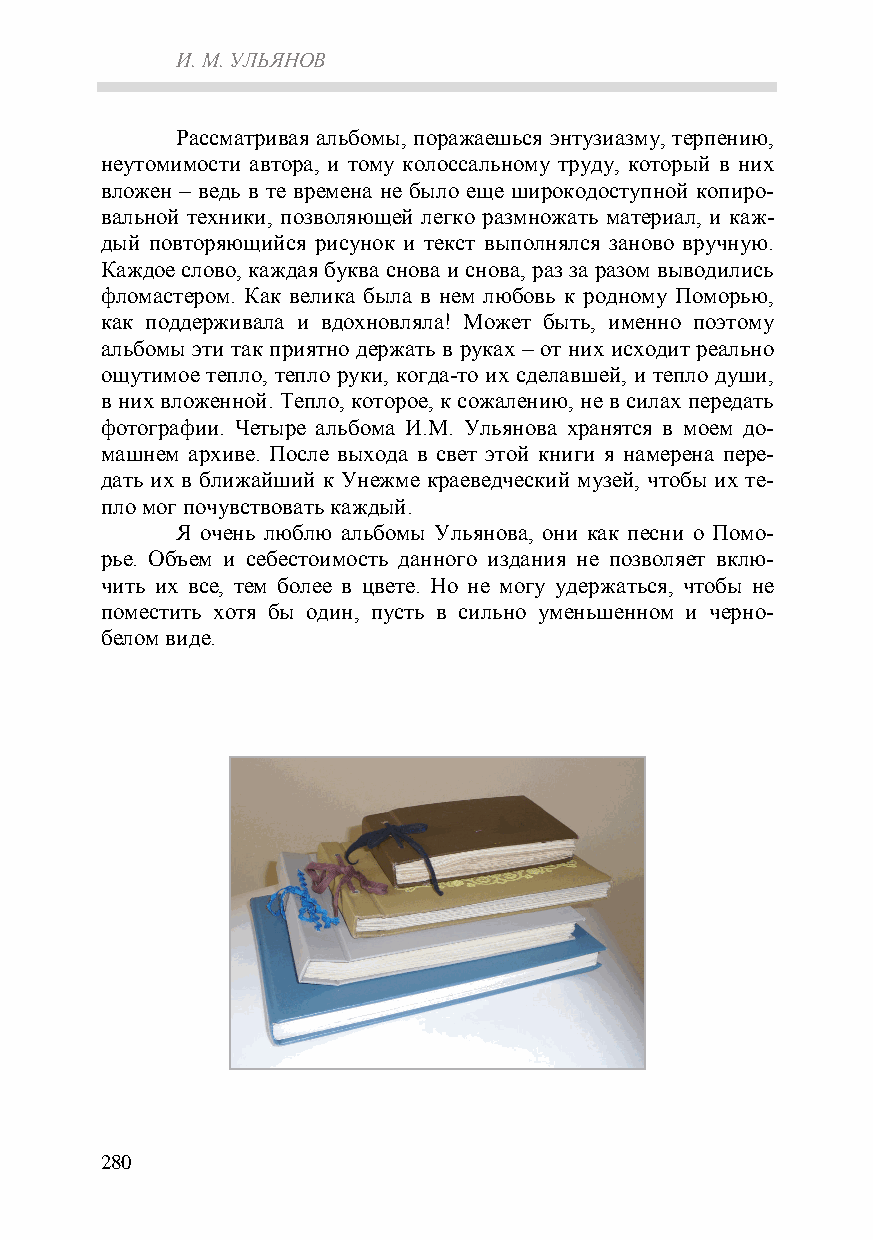
И. М. УЛЬЯНОВ
 Рассматривая альбомы, поражаешься энтузиазму, терпению,
 неутомимости автора, и тому колоссальному труду, который в них
 вложен – ведь в те времена не было еще широкодоступной копиро-
 вальной техники, позволяющей легко размножать материал, и каж-
 дый повторяющийся рисунок и текст выполнялся заново вручную.
 Каждое слово, каждая буква снова и снова, раз за разом выводились
 фломастером. Как велика была в нем любовь к родному Поморью,
 как поддерживала и вдохновляла! Может быть, именно поэтому
 альбомы эти так приятно держать в руках – от них исходит реально
 ощутимое тепло, тепло руки, когда-то их сделавшей, и тепло души,
 в них вложенной. Тепло, которое, к сожалению, не в силах передать
 фотографии. Четыре альбома И.М. Ульянова хранятся в моем до-
 машнем архиве. После выхода в свет этой книги я намерена пере-
 дать их в ближайший к Унежме краеведческий музей, чтобы их те-
 пло мог почувствовать каждый.
 Я очень люблю альбомы Ульянова, они как песни о Помо-
 рье. Объем и себестоимость данного издания не позволяет вклю-
 чить их все, тем более в цвете. Но не могу удержаться, чтобы не
 поместить хотя бы один, пусть в сильно уменьшенном и черно-
 белом виде.
 280